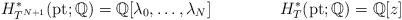
LaTeX: \begin{align*} &H_{T^{N+1}}^*(\textnormal{pt}; \mathbb{Q}) = \mathbb{Q}[\lambda_0,\dots,\lambda_N] && H_{T}^*(\textnormal{pt};\mathbb{Q}) = \mathbb{Q}[z] \end{align*}